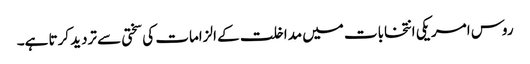
روس امریکی انتخابات میں مداخلت کے الزامات کی سختی سے تردید کرتا ہے۔